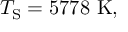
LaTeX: T _ { \mathrm { { S } } } = 5 7 7 8 \ \mathrm { K } ,